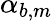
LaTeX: \alpha_{b,m}